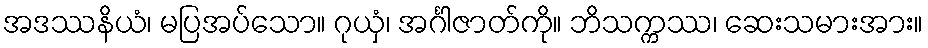
အဒဿနိယံ၊ မပြအပ်သော။ ဂုယှံ၊ အင်္ဂါဇာတ်ကို။ ဘိသက္ကဿ၊ ဆေးသမားအား။